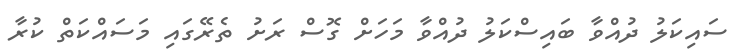
ސައިކަލު ދުއްވާ ބައިސްކަލު ދުއްވާ މަހަށް ގޮސް ރަށު ތެރޭގައި މަސައްކަތް ކުރާ